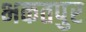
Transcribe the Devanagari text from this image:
भकतपुर